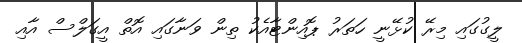
ލީގުގައި މިރޭ ކުޅޭނީ ހަތަރު ޕޮއިންޓާއެކު ތިން ވަނާގައި އޮތް އީގަލްސް އާއި